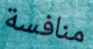
منافسة